Civil Veterinary Department. United Provinces 1923-31 - 1923-1931
Year: 1923
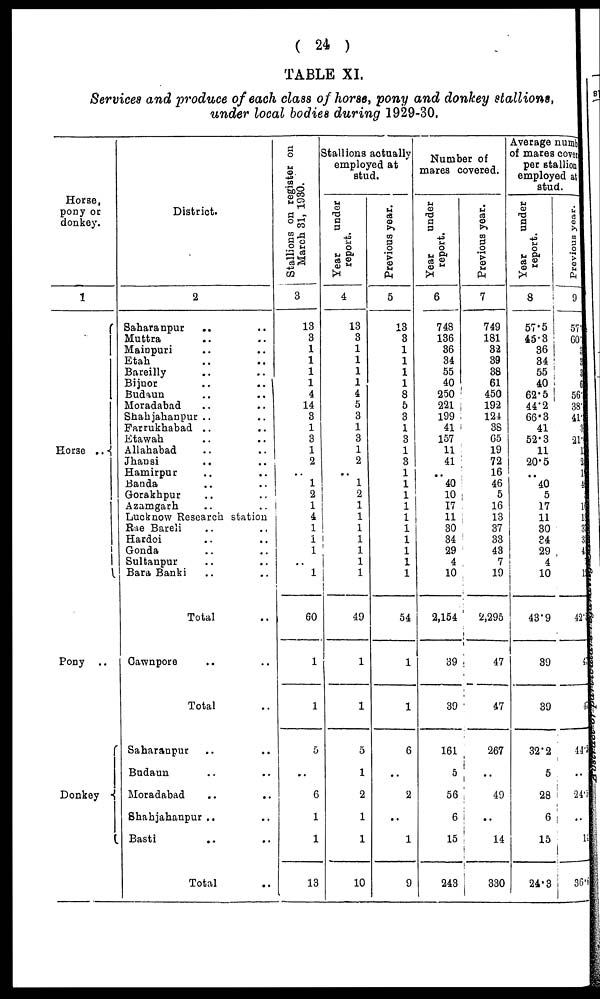
(24)
TABLE XI.
Services and produce of each class of horse, pony and donkey stallions,
under local bodies during 1929-30.
Horse,
pony or
donkey.
1
Horse ..
Pony ..
Donkey
District.
2
Saharanpur
.. ..
Muttra .. ..
Mainpuri .. ..
Etah .. ..
Bareilly .. ..
Bijnor .. ..
Budaun .. ..
Moradabad .. ..
Shahjahanpur .. ..
Farrukhabad .. ..
Etawah .. ..
Allahabad
Jhansi .. ..
Hamirpur .. ..
Banda .. ..
Gorakhpur .. ..
Azamgarh .. ..
Lucknow Research station
Rae Bareli .. ..
Hardoi .. ..
Gonda .. ..
Sultanpur .. ..
Bara Banki .. ..
Total ..
Cawnpore .. ..
Total ..
Saharanpur .. ..
Badaun .. ..
Moradabad
..
..
Shahjahanpur .. ..
Basti .. ..
Total ..
Stallions on register on
March 81, 1980.
3
13
3
1
1
1
1
4
14
8
1
3
1
2
..
1
2
1
4
1
1
1
..
1
60
1
1
5
..
6
1
1
13
3tallions actually
employed at
stud.
Year
under
report.
4
13
3
1
1
1
1
4
5
3
1
3
1
2
..
1
2
1
1
1
1
1
1
1
49
1
1
5
1
2
1
1
10
Previous year.
5
13
8
1
1
1
1
8
5
8
1
3
1
3
1
1
1
1
1
1
1
1
1
1
54
1
1
6
..
2
..
1
9
Number of
mares covered.
Year
under
report.
6
748
136
86
34
55
40
250
221
199
41
157
11
41
..
40
10
17
11
30
34
29
4
10
2,154
39
39
161
5
56
6
15
248
Previous year.
7
749
181
32
39
38
61
450
192
121
38
65
19
72
16
46
5
16
13
37
33
43
7
19
2,295
47
47
267
..
49
..
14
330
Average numb
of mares covet
per stallion
employed at
stud.
Year
under
report.
8
57.5
45.3
36
84
55
40
62.5
44.2
66.3
41
52.3
11
20.5
..
40
5
17
11
80
84
29
4
10
43.9
89
89
32.2
5
28
6
15
24.8
Previous year.
9
57
60
8
1
1 567
38
41.
3
21.
1
2
1
4
..
1
13
38
3
4
1
1
42.
4
4
44.5
..
244
..
11
86.1